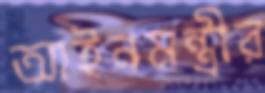
আইনমন্ত্রীর